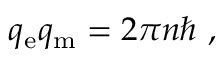
q _ { \mathrm { e } } q _ { \mathrm { m } } = 2 \pi n \hbar \ ,